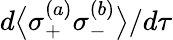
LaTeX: d\big\langle\sigma_{+}^{(a)}\sigma_{-}^{(b)}\big\rangle/d\tau